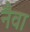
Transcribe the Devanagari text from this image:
नैवा